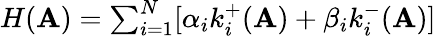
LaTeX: \begin{array}{r}{H(\mathbf{A})=\sum_{i=1}^{N}[\alpha_{i}k_{i}^{+}(\mathbf{A})+\beta_{i}k_{i}^{-}(\mathbf{A})]}\end{array}